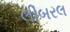
લીબરલ